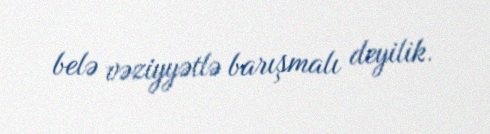
belə vəziyyətlə barışmalı deyilik.